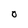
Character: O